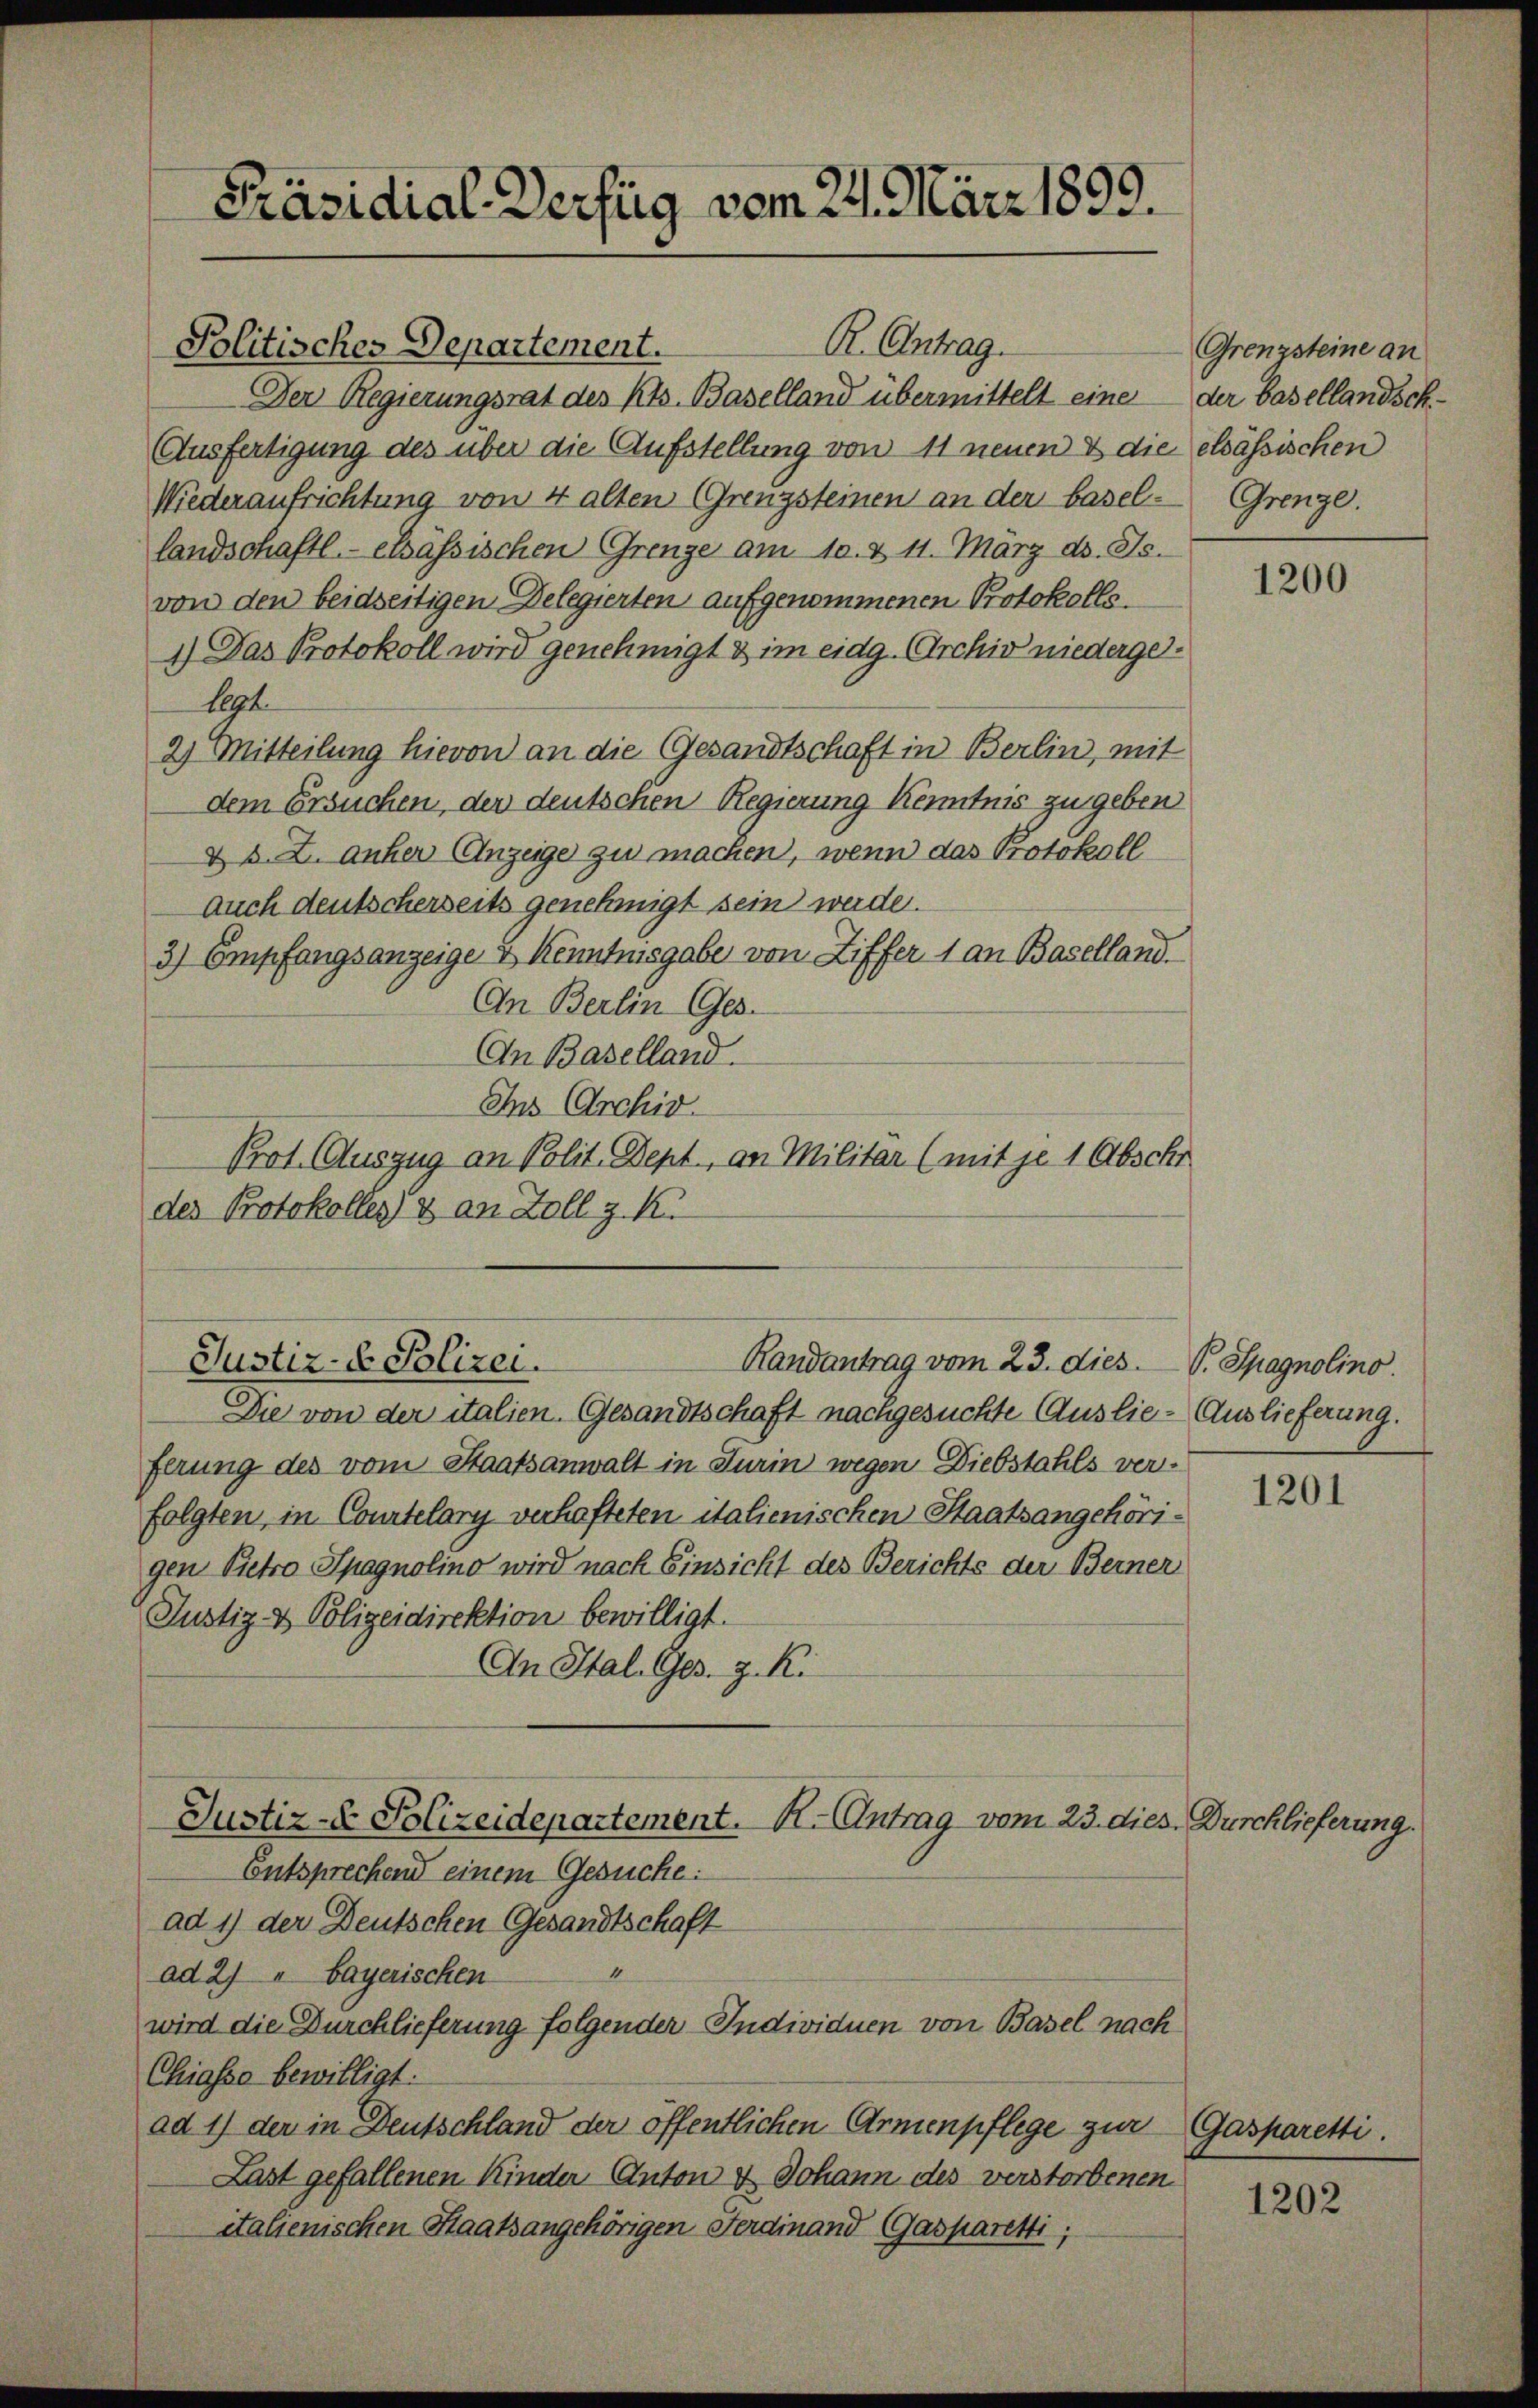
Präsidial-Verfüg vom 22. März 1899.

Der Regierungsrat des Kts. Baselland übermittelt eine der Basellandsch
Ausfertigung des über die Aufstellung von 11 neuen & die elsässischen
Wiederaufrichtung von 4 alten Grenzsteinen an der basel-
landschaftl.- elsässischen Grenze am 10. d. 11. März d. Js.
von den beidseitigen Delegierten aufgenommenen Protokolls.
1.) Das Protokoll wird genehmigt & im eidg. Archiv niedergelept
2) Mitteilung hievon an die Gesandtschaft in Berlin, mit
dem Ersuchen, der deutschen Regierung Kenntnis zu geben
&. s. Z. anher Anzeige zu machen, wenn das Protokoll
auch deutscherseits genehmigt sein werde.
3) Empfangsanzeige & Kenntnisgabe von Ziffer 1 an Baselland.
Cn Berlin Ges.
An Baselland.
Ins Archiv
Prot. Auszug an Polit. Dept., an Militär (mit je 1 Abschr
des Protokolles & an Zoll z. K.

Politisches Departement.

Die von der italien-Gesandtschaft nachgesuchte Auslie- Auslieferung.
ferung des vom Staatsanwalt in Turin wegen Diebstahls verfolgten in Courtelary verhafteten italienischen Staatsangehörigen Pietro Spagnolino wird nach Einsicht des Berichts der Berner
Justiz- & Polizeidirektion bewilligt.
An Stal. Ges. z. K.

ad 1) der Deutschen Gesandtschaft
ad 2) " bayerischen
wird die Durchlieferung folgender Individuen von Basel nach
Chiasso bewilligt.
ad 1) der in Deutschland der öffentlichen Armenpflege zur Gasparetti.
Last gefallenen Kinder Anton & Johann des verstorbenen
italienischen Staatsangehörigen Ferdinand Gasparetti,

Randantrag vom 23. dies
Justiz- Polizei.

Justiz-S. Polizeidepartement. H. Antrag vom 23. dies. Durchlieferung.
Entsprechend einem Gesuche:

R. Antrag.

Grenzsteine an
Grenze.

1200

V. Spagnolino.

1201

1202